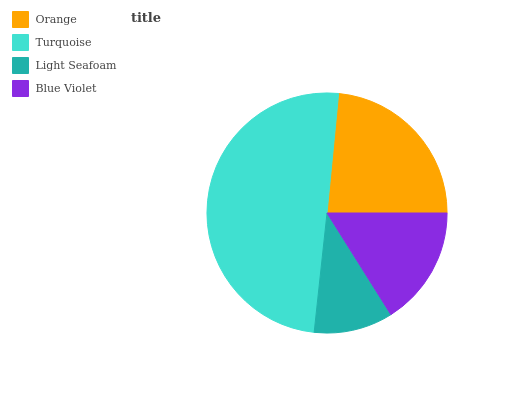
| Orange | Turquoise | Light Seafoam | Blue Violet |
 | --- | --- | --- | --- |
 | 23.4% | 49.8% | 10.7% | 16.1% |